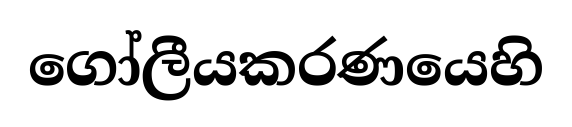
ගෝලීයකරණයෙහි